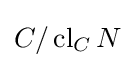
C/\operatorname {cl} _{C}N